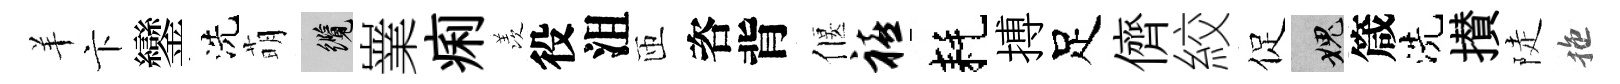
羊卞鑾洗萌纜嶪痢羡役沮匝咨背偃禧耗搏足儕絞促愧箴洗攅陡拖